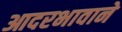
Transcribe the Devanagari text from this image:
आदरभावाने